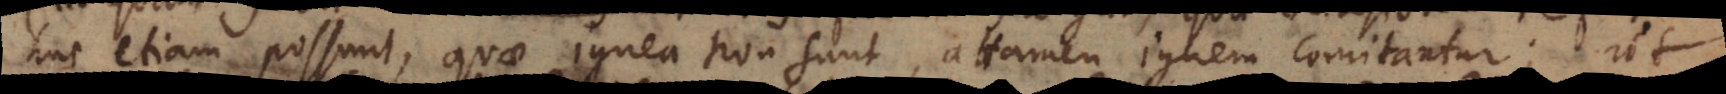
stellae sunt ignea non sunt, attamen ignem comitantur; ut